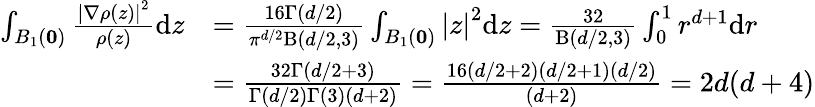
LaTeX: \begin{array}{rl}{\int_{B_{1}(\mathbf{0})}\frac{\left|\nabla\rho\left(z\right)\right|^{2}}{\rho\left(z\right)}\mathrm{d}z}&{=\frac{16\Gamma(d/2)}{\pi^{d/2}\mathrm{B}(d/2,3)}\int_{B_{1}(\mathbf{0})}\left|z\right|^{2}\mathrm{d}z=\frac{32}{\mathrm{B}(d/2,3)}\int_{0}^{1}r^{d+1}\mathrm{d}r}\\ &{=\frac{32\Gamma(d/2+3)}{\Gamma(d/2)\Gamma(3)(d+2)}=\frac{16(d/2+2)(d/2+1)(d/2)}{(d+2)}=2d(d+4)}\end{array}